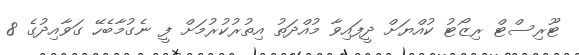
ޓޫރިސްޓް ރިޒޯޓު ކުއްޔަށް ދީފައިވާ މުއްދަތު އިތުރުކުރުމަށް ފީ ނެގުމާބެހޭ ގަވާއިދުގެ 8